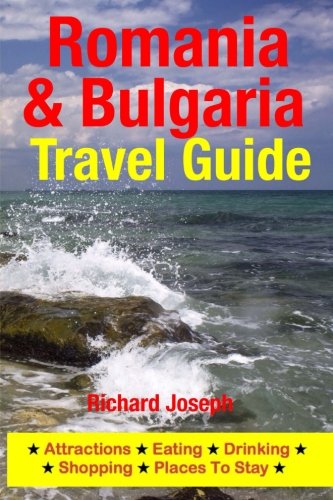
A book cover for Romania & Bulgaria Travel Guide: Attractions, Eating, Drinking, Shopping & Places To Stay; Richard Joseph; Travel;